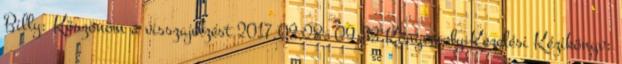
Billy: Köszönöm a visszajelzést 2017.03.28. 09:33 Könyvmoly Kezelési Kézikönyv: